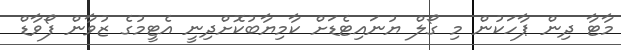
މާޓާ ދިން ޕާހަކުން މި ގޯލް ޔުނައިޓެޑަށް ކާމިޔާބުކޮށްދިނީ އެޓީމުގެ ޒުވާން ފޯވާޑް